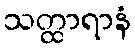
သတ္ထာရာနံ